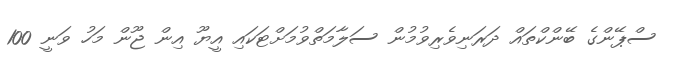
ސްޕޭންގެ ބޭންކްތައް ދަރަނިވެރިވުމުން ސަލާމަތްވުމަށްޓަކައި އީޔޫ އިން ޖޫން މަހު ވަނީ 100